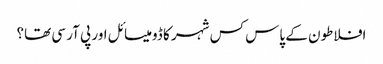
افلاطون کے پاس کس شہر کا ڈومیسائل اور پی آر سی تھا؟